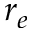
r _ { e }